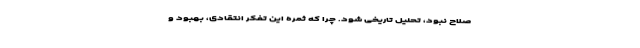
صلاح نبود، تحلیل تاریخی شود. چرا که ثمره این تفکر انتقادی، بهبود و